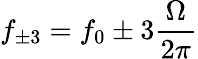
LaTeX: f_{\pm 3}=f_{0}\pm 3\frac{\Omega}{2\pi}